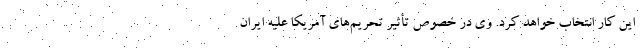
این کار انتخاب خواهد کرد. وی در خصوص تأثیر تحریم‌های آمریکا علیه ایران